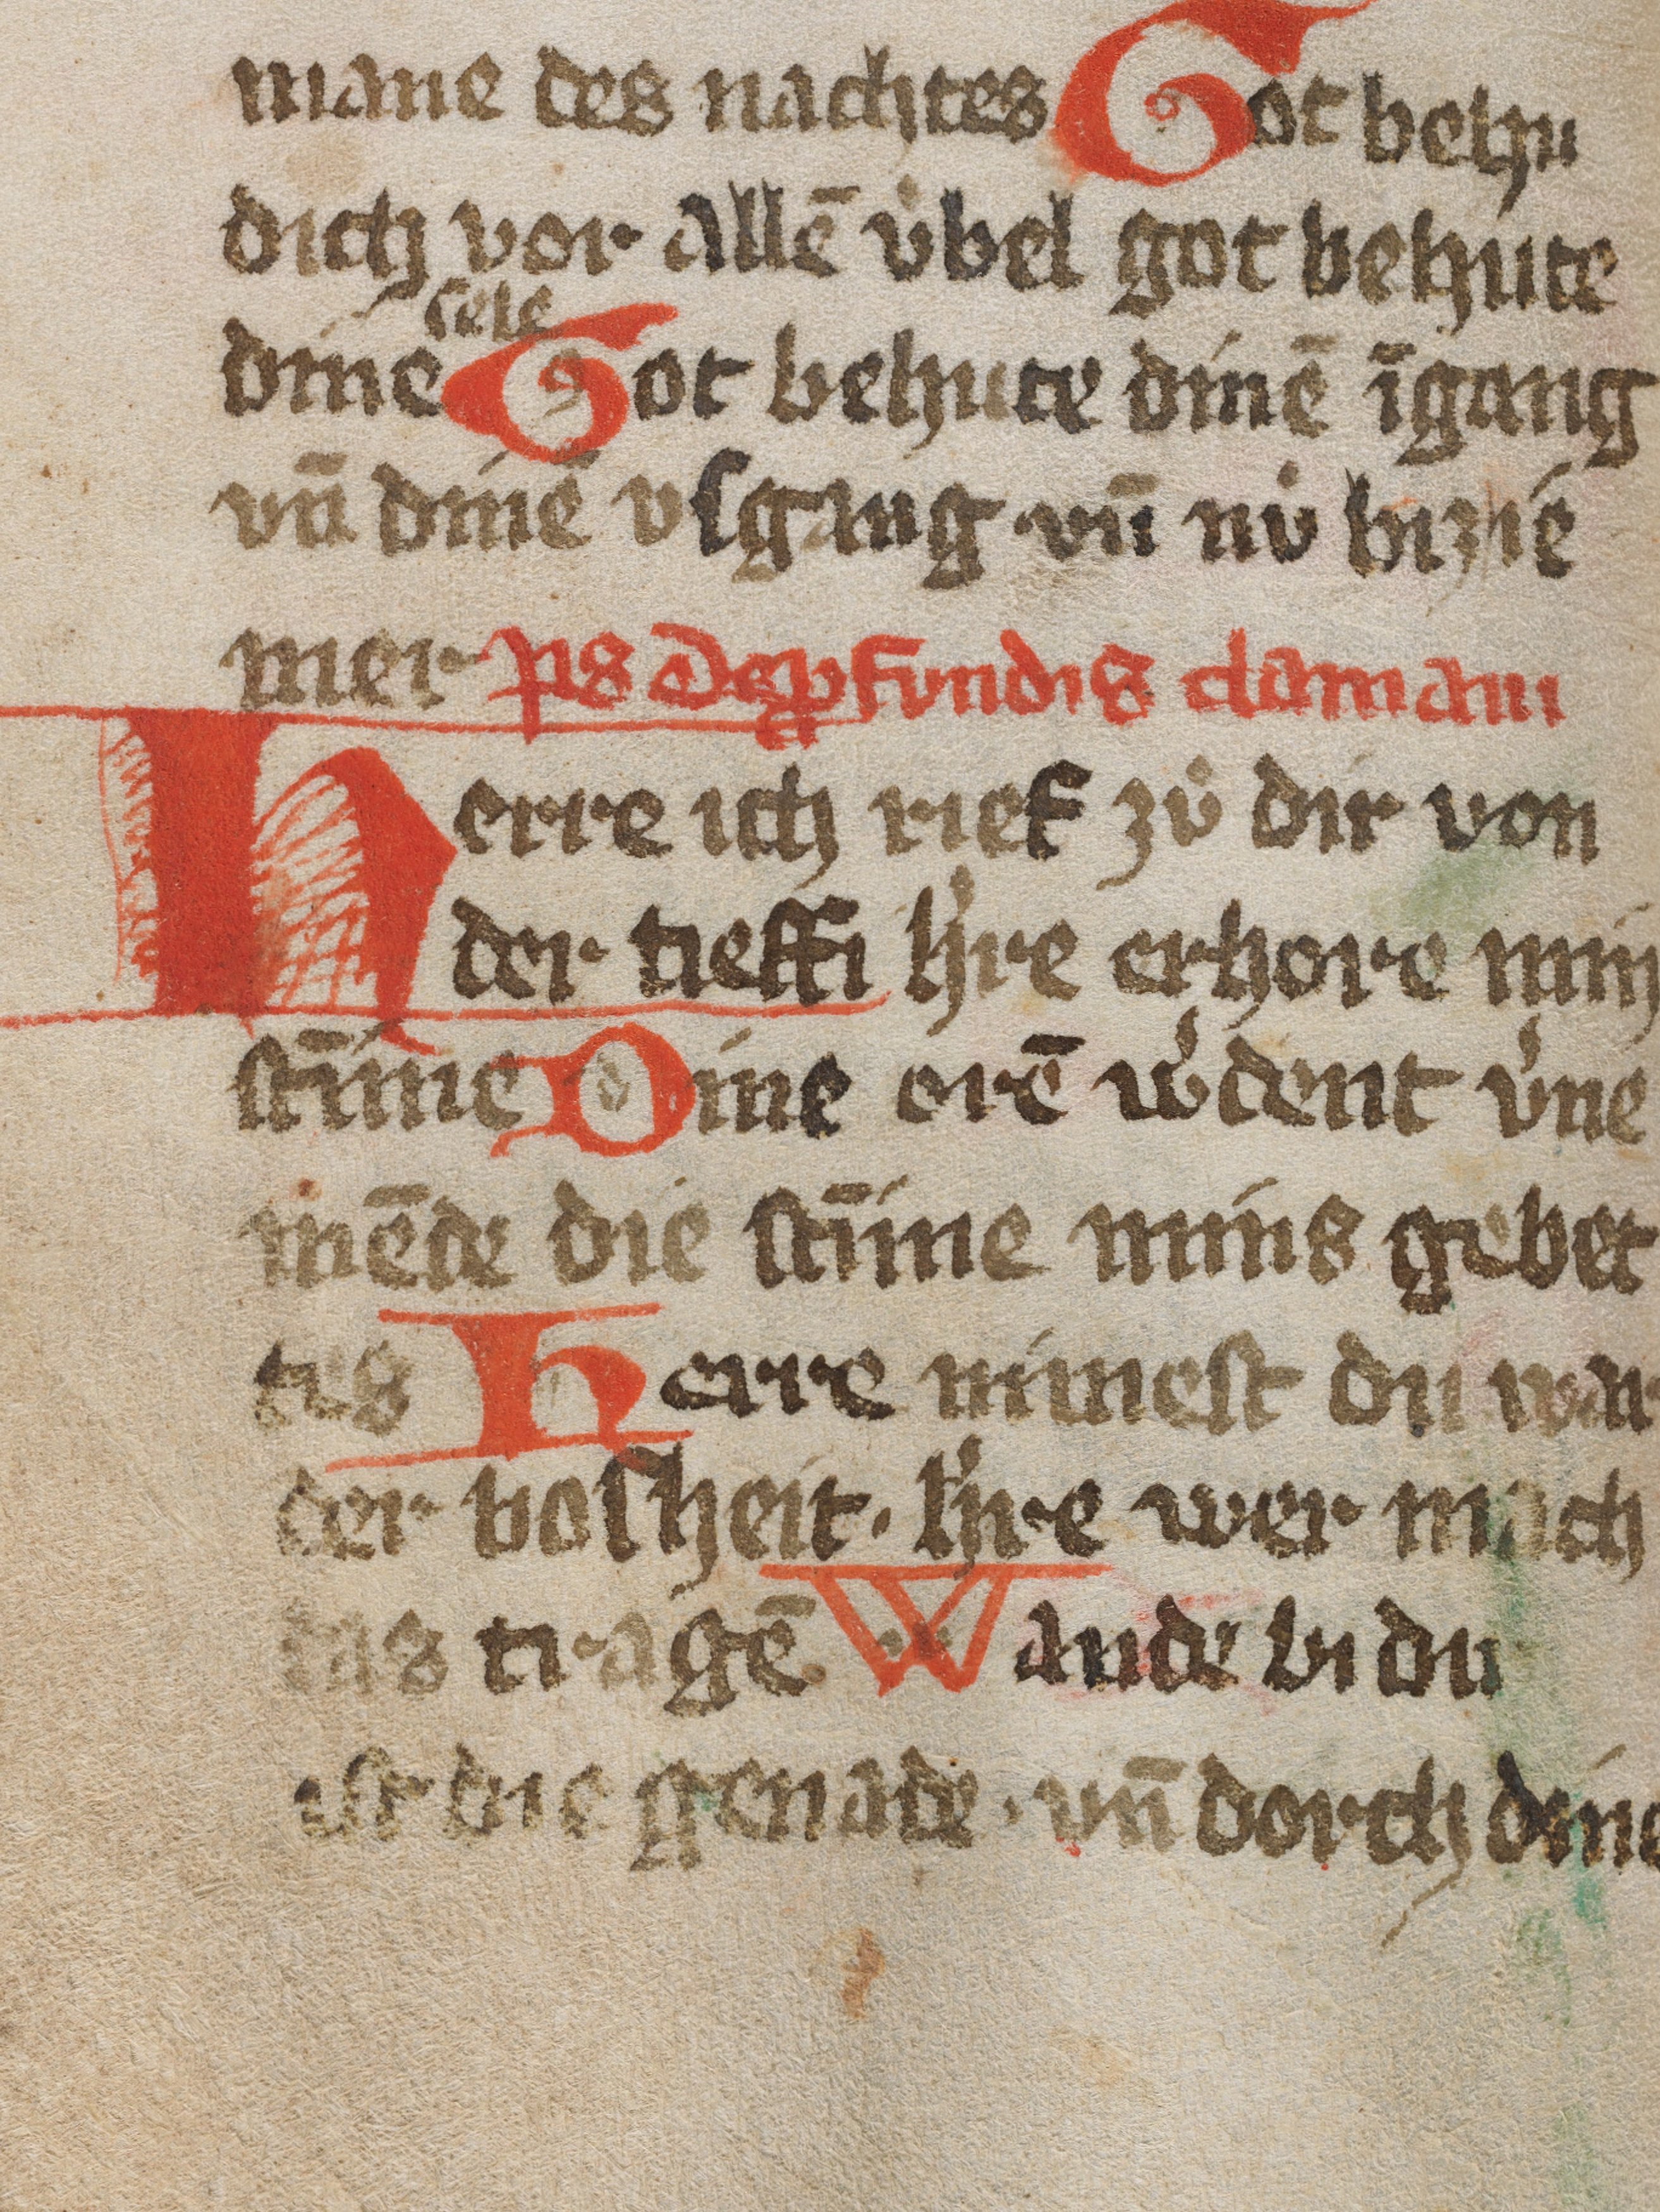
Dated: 1450–1499